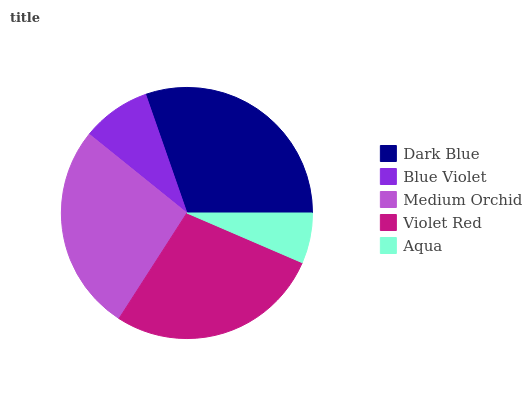
| Dark Blue | Blue Violet | Medium Orchid | Violet Red | Aqua |
 | --- | --- | --- | --- | --- |
 | 30.3% | 8.85% | 26.7% | 27.6% | 6.47% |